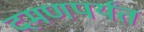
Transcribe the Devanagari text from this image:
दमणपर्यंत